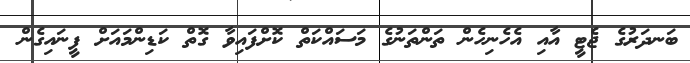
ބަނދަރުގެ ޖެޓީ އާއި އެހެނިހެން ތަންތަނުގެ މަސައްކަތް ކޮށްފައިވާ ގޮތް ކަޑިންމައަށް ފީނައިގެން